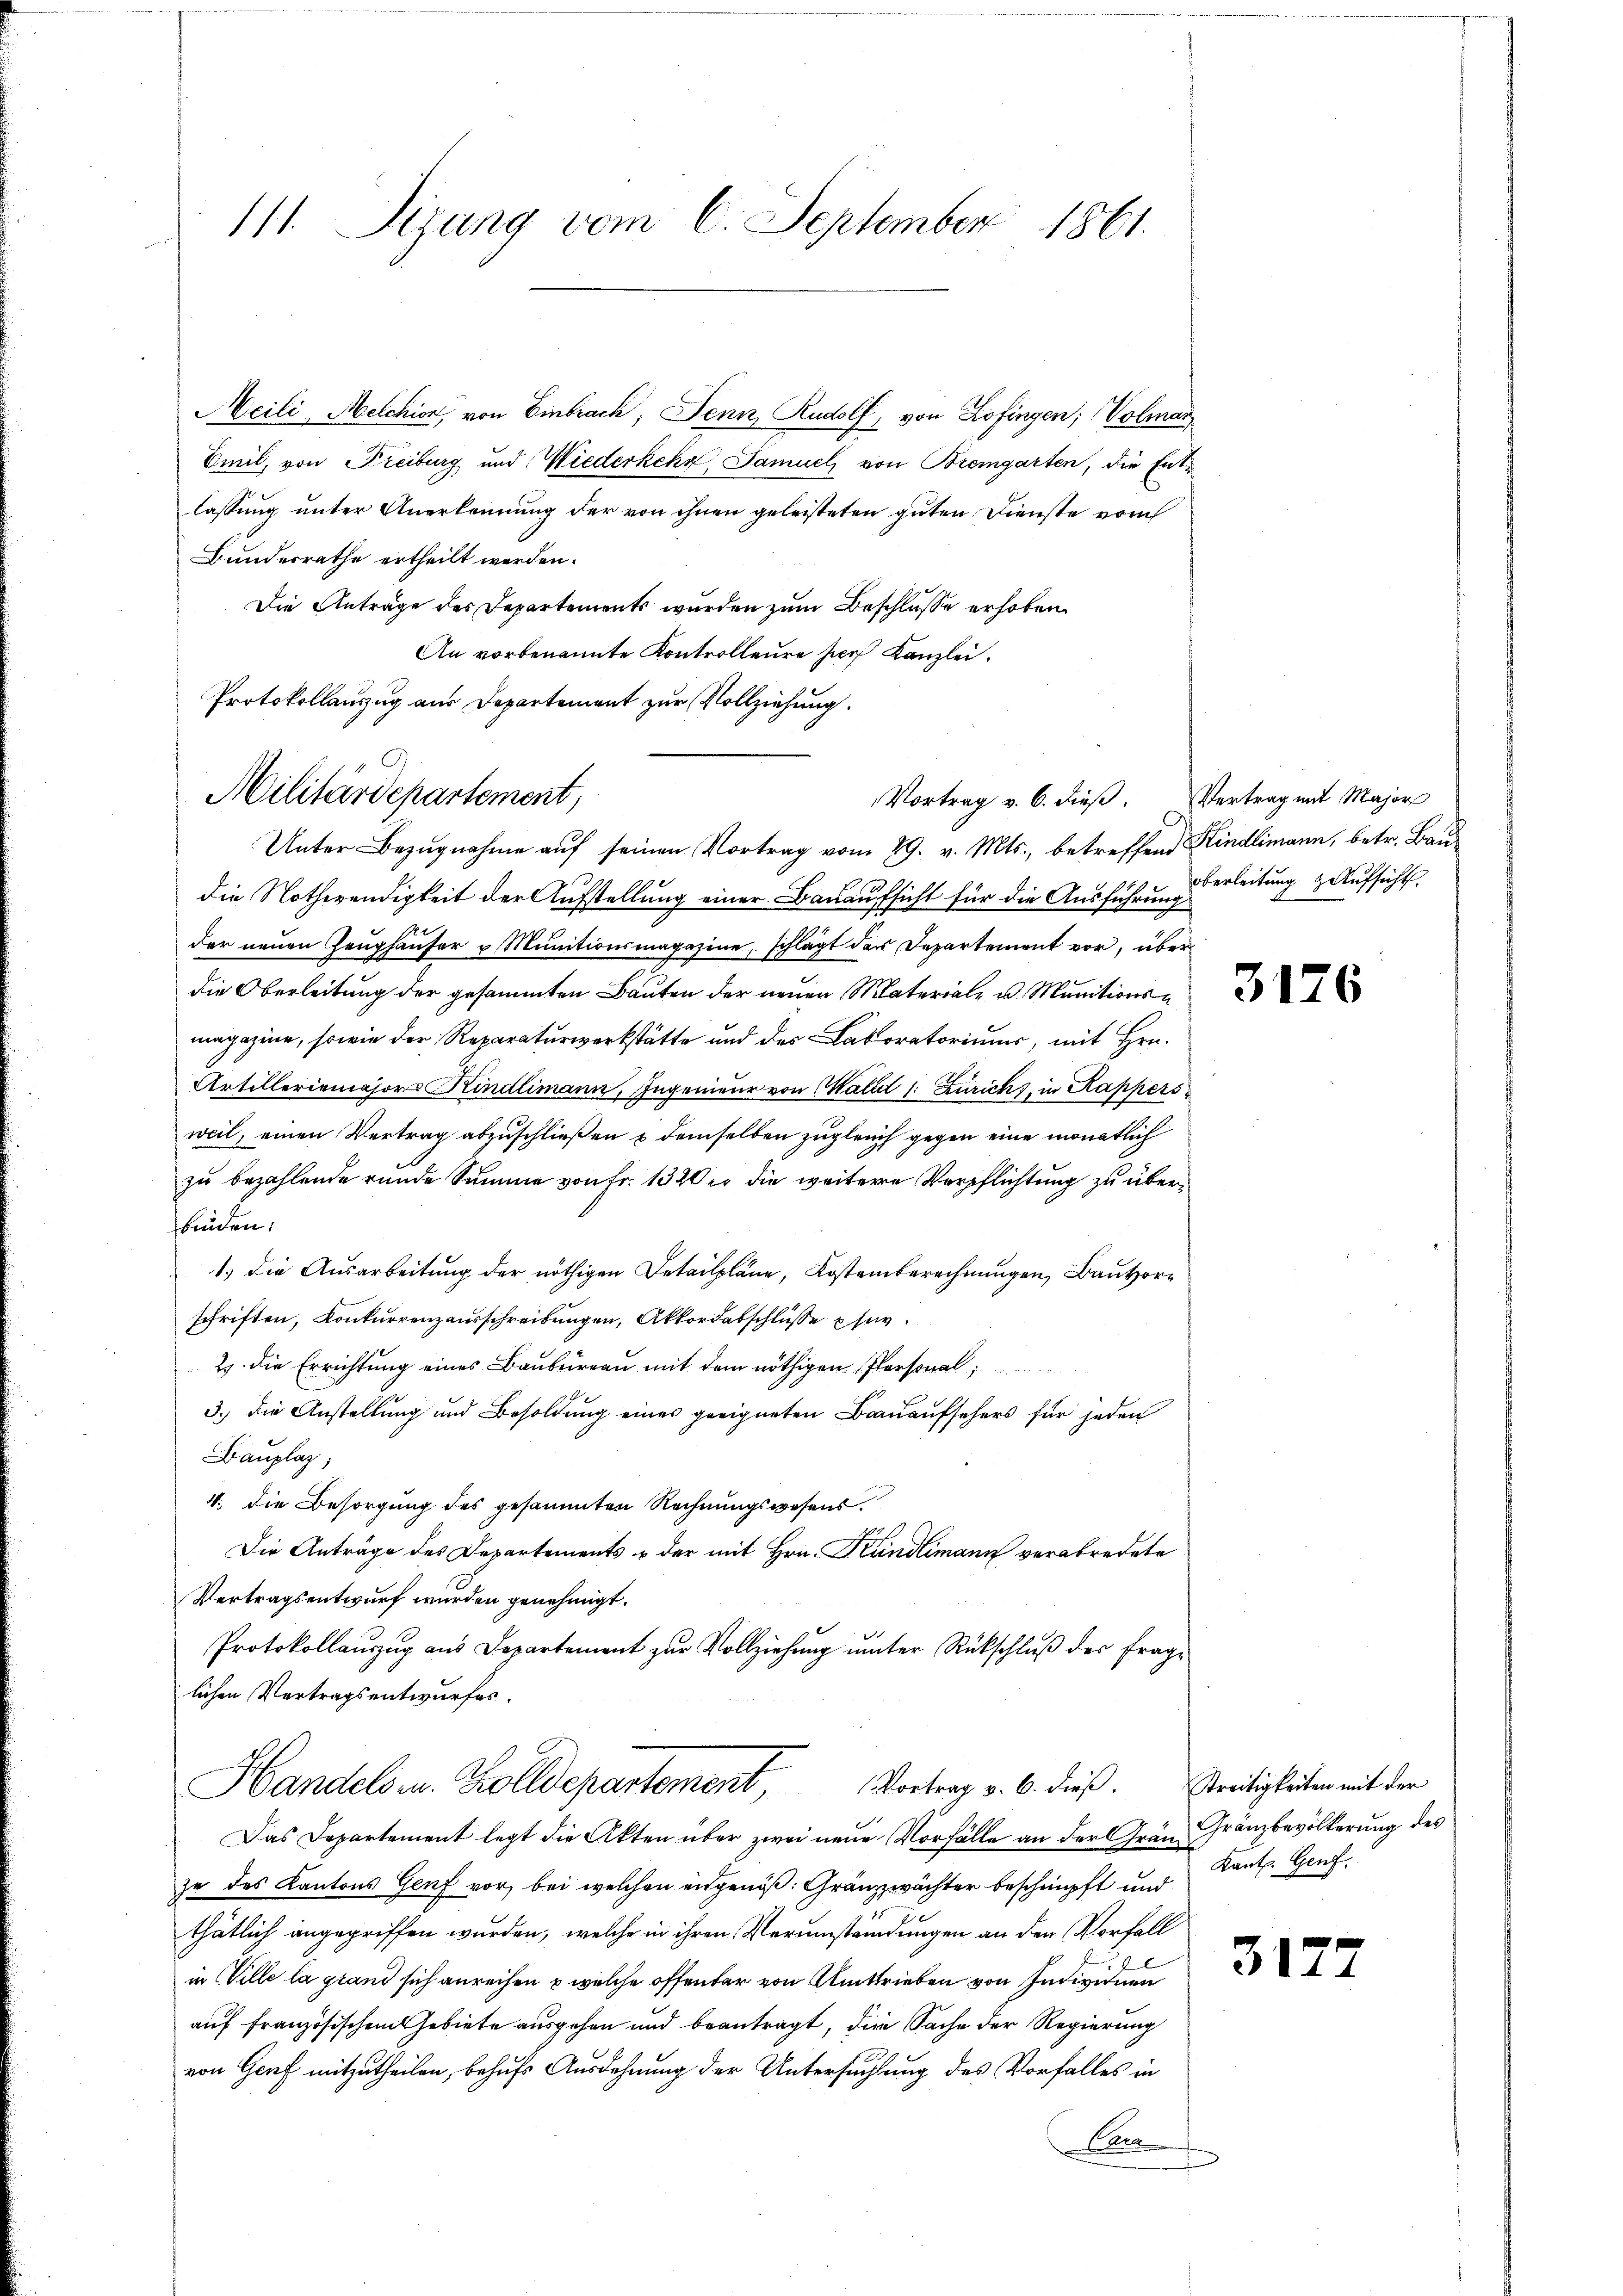
Meili, Melchion, von Embrach, Senn, Rudolf, von Zofingen; Volmar
Emil, von Freiburg und Wiederkehr Samuel von Bremgarten, die Entlassung unter Anerkennung der von ihnen geleisteten guten Dienste vom
Bundesrathe ertheilt werden.
Die Anträge des Departements wurden zum Beschlüsse erhoben.
An vorbenannte Kontrolleure hors Kanzlei.
Protokollauszug aus Departement zur Vollziehung.

111. Sizung vom 6. September 1861.

Militärdepartement,

Unter Bezugnahme auf seinen Vortrag vom 29. v. Mts., betreffend Kindlimann, betr. Baudie Nothwendigkeit der Aufstellung einer Bauaufsicht für die Ausführung
der neuen Zeughäuser u. Munitionsmagazine, schlägt das Departement vor, über
.
magazine, sowie der Reparaturwerkstätte und des Laboratoriums, mit Hrn.
Artilleriemajor Kindlimann, Ingenieur von Wald (: Zürich, in Kappers
weil, einen Vertrag abzuschließen & demselben zugleich gegen eine monatlich
zu bezahlende runde Summe von Fr. 1320 er die weitere Verpflichtung zu überfbinden.
1.) die Ausarbeitung der nöthigen Detailpläne, Kostenberechnungen, Bauvorschriften, Konkurrenzausschreibungen, Akkordatschlüsse sur
2 die Errichtung eines Baubureau mit dem nöthigen Personal
3.) Die Anstellung und Besoldung eines geeigneten Bauaufsehers für jeden
Bauplaz,
4. die Besorgung des gesammten Rechnungswesens
Die Anträge des Departements & der mit Hrn. Kundlimann verabredete
Vertragsentwurf wurden genehmigt.
Protokollauszug aus Departement zur Vollziehŭng ŭnter Rückschlŭβ der frage
lichen Vertragsentwurfes.
Handelsen. Zolldepartement, Vortrag v. 6. dieß. Streitigkeiten mit der
Das Departement legt die Akten über zwei neue Vorfälle an der Grän Franzbevölkerung des
ze des Kantons Genf vor, bei welchen engenoß: Gränzzwächter beschnüpft und
thätlich angegriffen wurden, welche in ihren Verumständungen an den Vorfall
u
 Ville la gar ni
auf französischen Gebiete ausgehen und beantragt, die Sache der Regierung
von Genf mitzutheilen, behufs Ausdehnung der Untersuchtung des Vorfalles in
Cara

Vortrag v. 6. dieβ. Vertrag mit Major

oberleitung & Aufsicht.

Kant. Genf